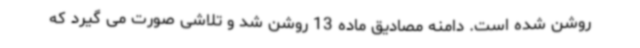
روشن شده است. دامنه مصادیق ماده 13 روشن شد و تلاشی صورت می گیرد که